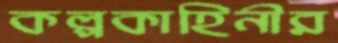
কল্পকাহিনীর